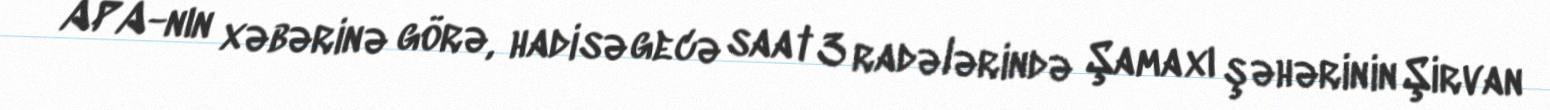
APA-nın xəbərinə görə, hadisə gecə saat 3 radələrində Şamaxı şəhərinin Şirvan